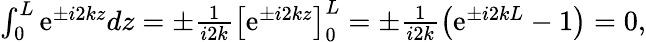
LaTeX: \begin{array}{r}{\int_{0}^{L}\mathrm{e}^{\pm i2kz}dz=\pm\frac{1}{i2k}\left[\mathrm{e}^{\pm i2kz}\right]_{0}^{L}=\pm\frac{1}{i2k}\left(\mathrm{e}^{\pm i2kL}-1\right)=0,}\end{array}